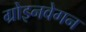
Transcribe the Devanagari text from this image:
ग्रोइनवेगन